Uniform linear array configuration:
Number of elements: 48
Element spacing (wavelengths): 0.25
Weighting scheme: kaiser
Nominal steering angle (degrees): -60
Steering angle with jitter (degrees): -58.974
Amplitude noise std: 0.05
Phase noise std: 0.05

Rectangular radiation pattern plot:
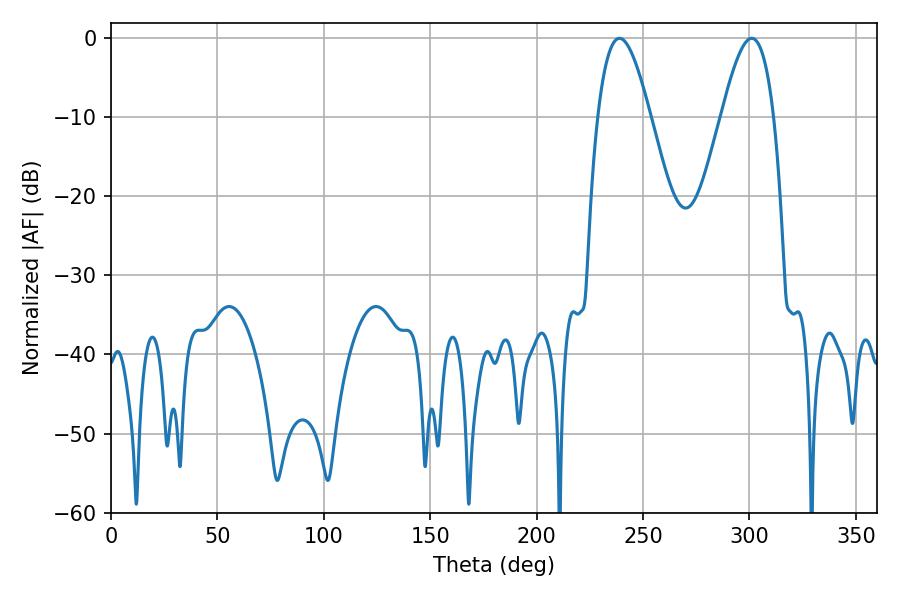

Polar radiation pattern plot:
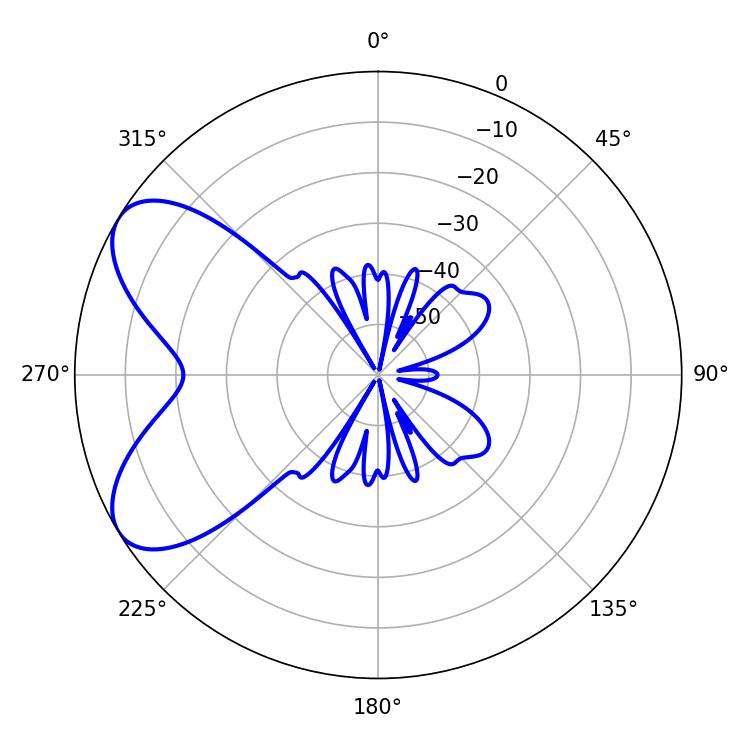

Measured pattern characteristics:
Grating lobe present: FALSE
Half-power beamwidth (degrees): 13.32
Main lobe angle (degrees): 238.86